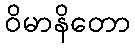
ဝိမာနိတော